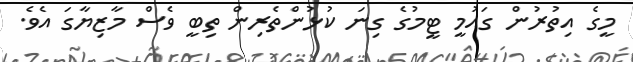
މީގެ އިތުރުން ގައުމީ ޓީމުގެ ގިނަ ކުޅުންތެރިން ތިބީ ވެސް މާޒިޔާގަ އެވެ.